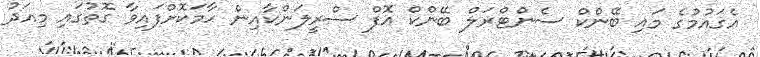
އެގައުމުގެ މައި ބޭންކް ސެންޓްރަލް ބޭންކް އޮފް ސްރީލަންކާއިން ހާމަކޮށްފައިވާ ގޮތުގައި މިއަދު